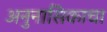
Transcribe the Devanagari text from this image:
अनुनासिकाचा